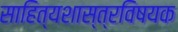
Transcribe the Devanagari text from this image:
साहित्यशास्त्रविषयक